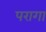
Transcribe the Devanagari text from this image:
परागा